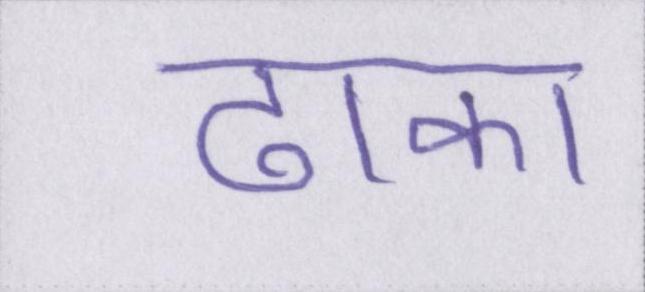
ढाका